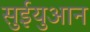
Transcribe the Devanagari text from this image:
सुईयुआन